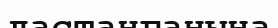
ластанғанына